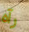
رآه